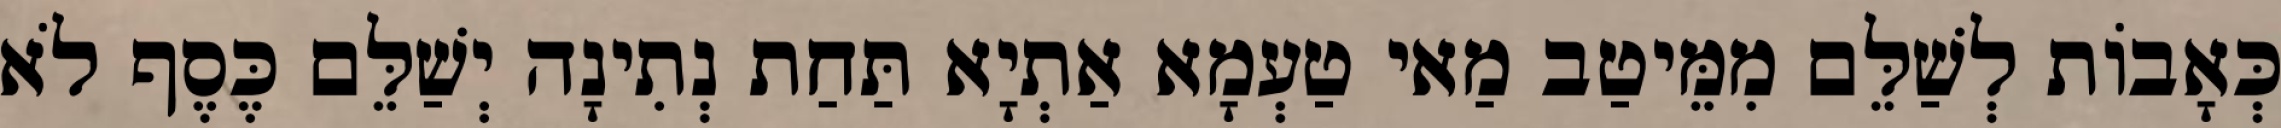
כְּאָבוֹת לְשַׁלֵּם מִמֵּיטַב מַאי טַעְמָא אַתְיָא תַּחַת נְתִינָה יְשַׁלֵּם כֶּסֶף לֹא